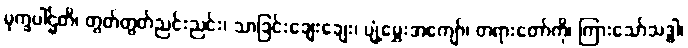
မုက္ခပါဌ်တိ၊ တွတ်တွတ်ညင်းညင်း၊ သာခြင်းချေးချေး၊ ပျံ့မွှေးအကျော်၊ တရားတော်ကို၊ ကြားသော်သဒ္ဓါ၊